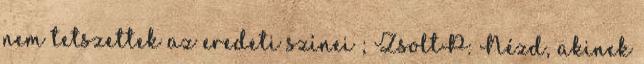
nem tetszettek az eredeti színei ; ZsoltP: Nézd, akinek